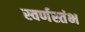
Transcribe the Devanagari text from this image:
स्वर्णस्तंभ